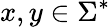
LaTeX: x,y\in\Sigma^{*}